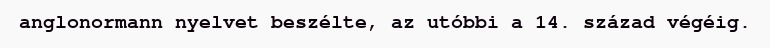
anglonormann nyelvet beszélte, az utóbbi a 14. század végéig.